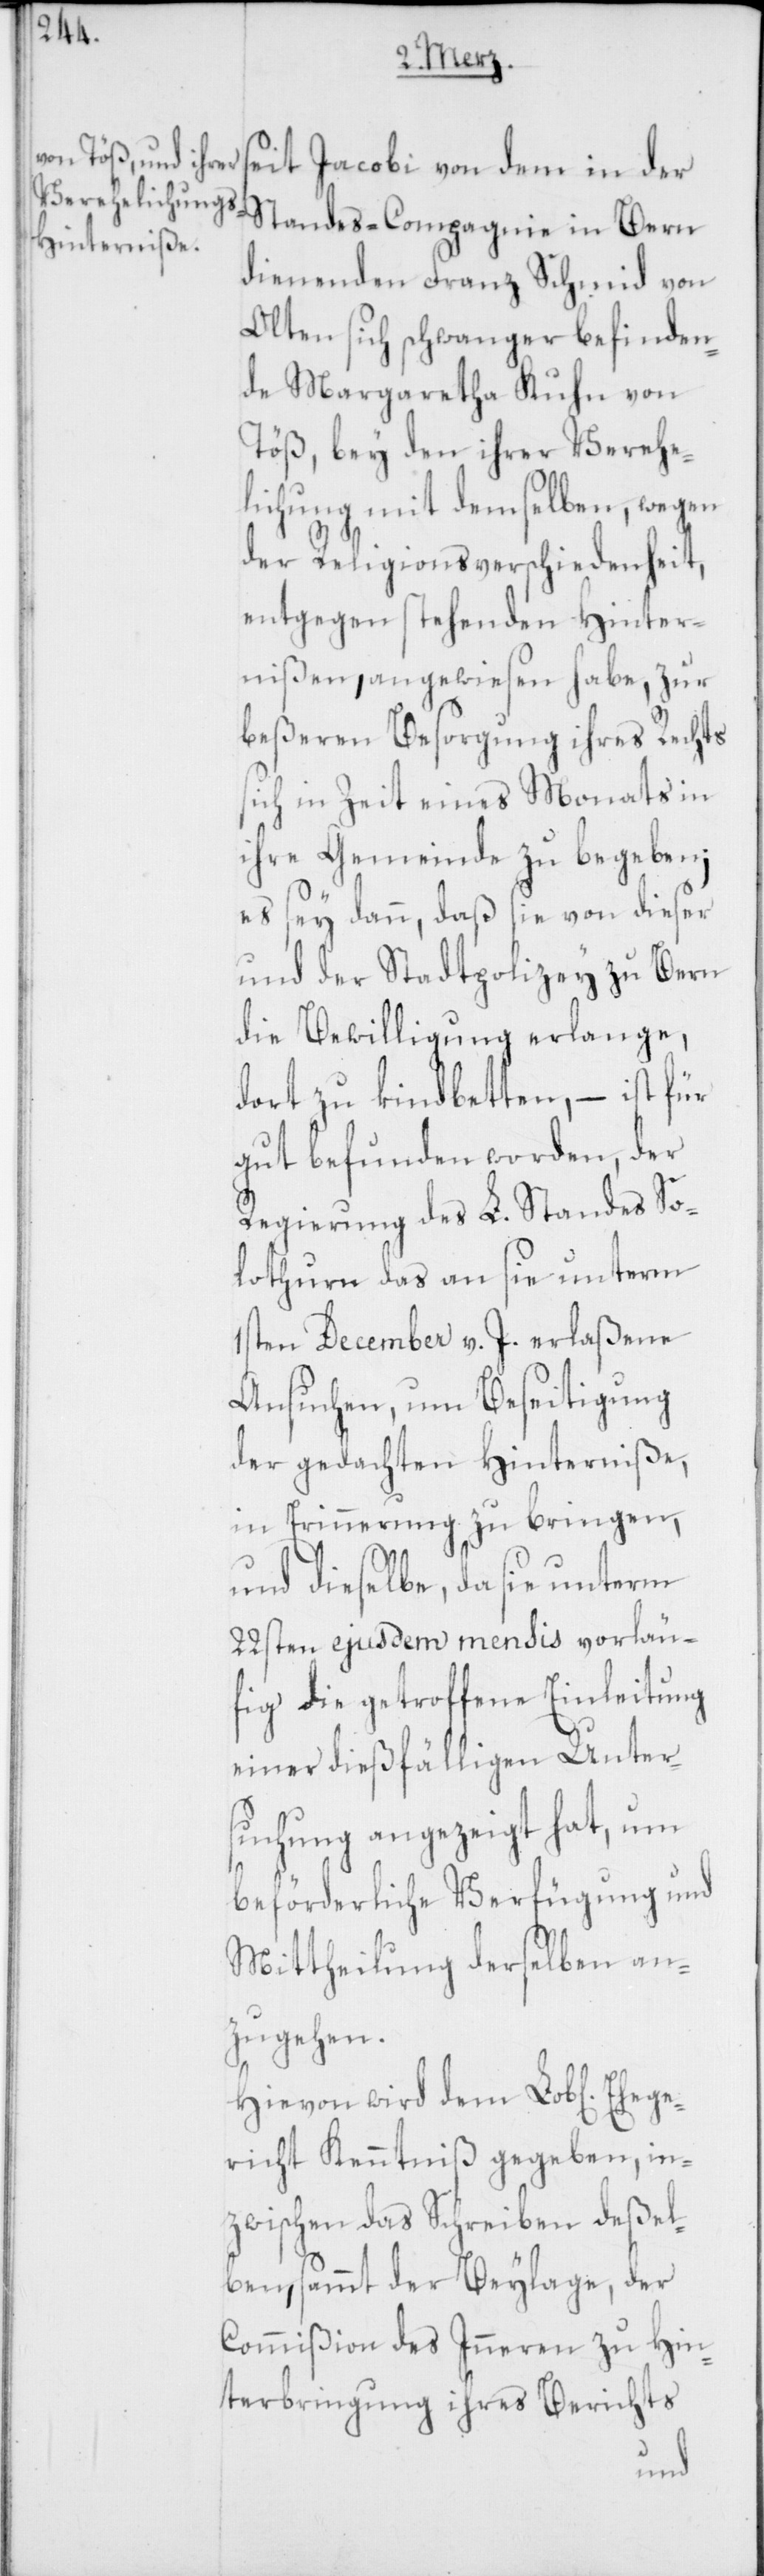
Ehege¬

seit Jacobi von dem in der
Standes-Compagnie in Bern
dienenden Franz Schmid von
Olten sich schwanger befinden¬
de Margaretha Kuhn von
Töß, bey den ihrer Verehe¬
lichung mit demselben, wegen
der Religionsverschiedenheit,
entgegen stehenden Hinter¬
nißen, angewiesen habe, zur
beßeren Besorgung ihres Rechts
sich in Zeit eines Monats in
ihre Gemeinde zu begeben;
es sey dann, daß sie von dieser
und der Stadtpolizey zu Bern
die Bewilligung erlange,
dort zu kindbetten, – ist für
gut befunden worden, der
Regierung des L. Standes So¬
lothurn das an sie unterm
1sten December v. J. erlaßene
Ansuchen, um Beseitigung
der gedachten Hinterniße,
in Erinnerung zu bringen,
und dieselbe, da sie unterm
22sten ejusdem mensis vorläu¬
fig die getroffene Einleitung
einer dießfälligen Unter¬
suchung angezeigt hat, um
beförderliche Verfügung und
Mittheilung derselben an¬
zugehen.
Hievon wird dem Lobl[ichen]
richt Kenntniß gegeben, in¬
zwischen das Schreiben deßel¬
ben, sammt der Beylage, der
Commißion des Inneren zu Hin¬
terbringung ihres Berichts